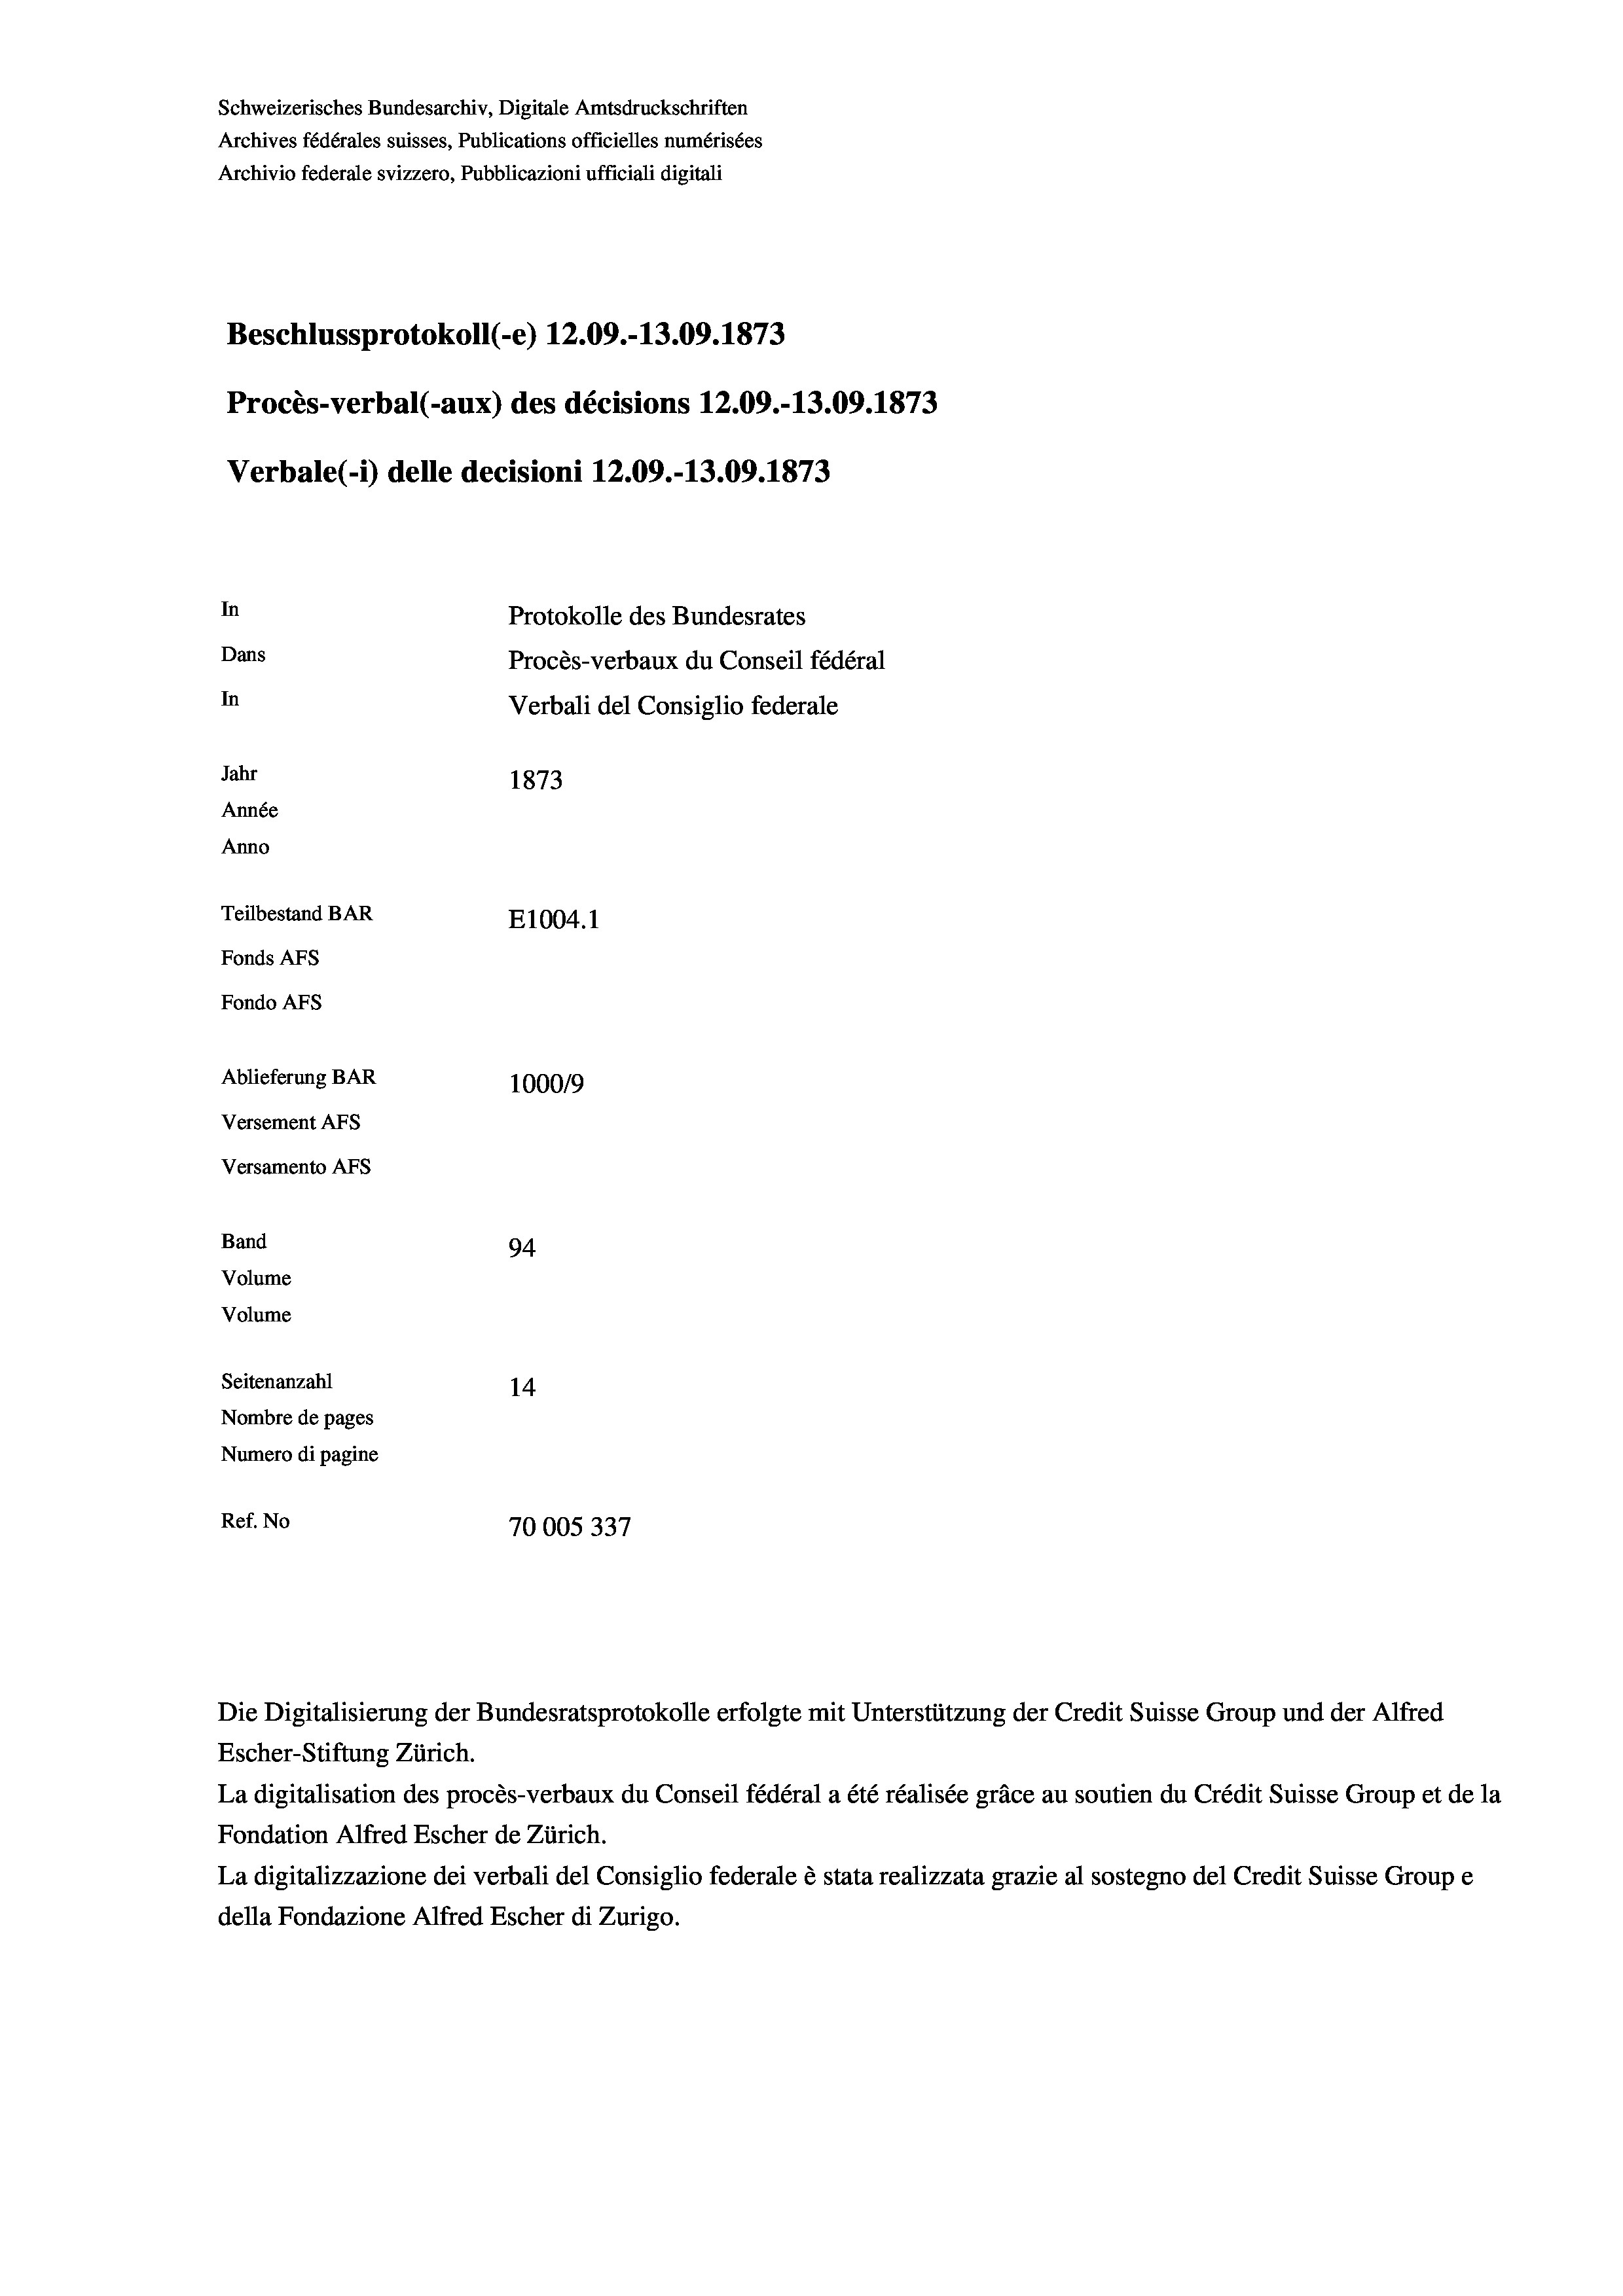
Schweizerisches Bundesarchiv, Digitale Amtsdruckschriften
Archives fédérales suisses, Publications officielles numérisées
Archivio federale svizzero, Pubblicazioni ufficiali digitali
Beschlussprotokoll (-e) 12.09.-13.09. 1873
Procès-verbal (-aux) des décisions 12.09.-13.09. 1873
Verbale (- 1) delle decisioni 12.09.-13.09. 1873
In
Protokolle des Bundesrates
Dans
Procès-verbaux du Conseil fédéral
In
Verbali del Consiglio federale
Jahr
1873
Année
Anno
Teilbestand BAR
E1004. 1
Fonds AFs
Fondo AFS
Ablieferung BAR
100019
Versement AFs
Versamento Afs
Band
94.
Volume
Volume
Seitenanzahl
14
Nombre de pages
Numero di pagine
Ref. No
70005337

Escher-Stiftung Zürich.
La digitalisation des procès-verbaux du Conseil fédéral a été réalisée gräce au soutien du Crédit Suisse Group et de la
Fondation Alfred Escher de Zürich.
La digitalizzazione dei verbali del Consiglio federale è stata realizzata grazie al sostegno del Credit Suisse Groupe
della Fondazione Alfred Escher di Zurigo.

Die Digitalisierung der Bundesratsprotokolle erfolgte mit Unterstützung der Credit Suisse Group und der Alfred